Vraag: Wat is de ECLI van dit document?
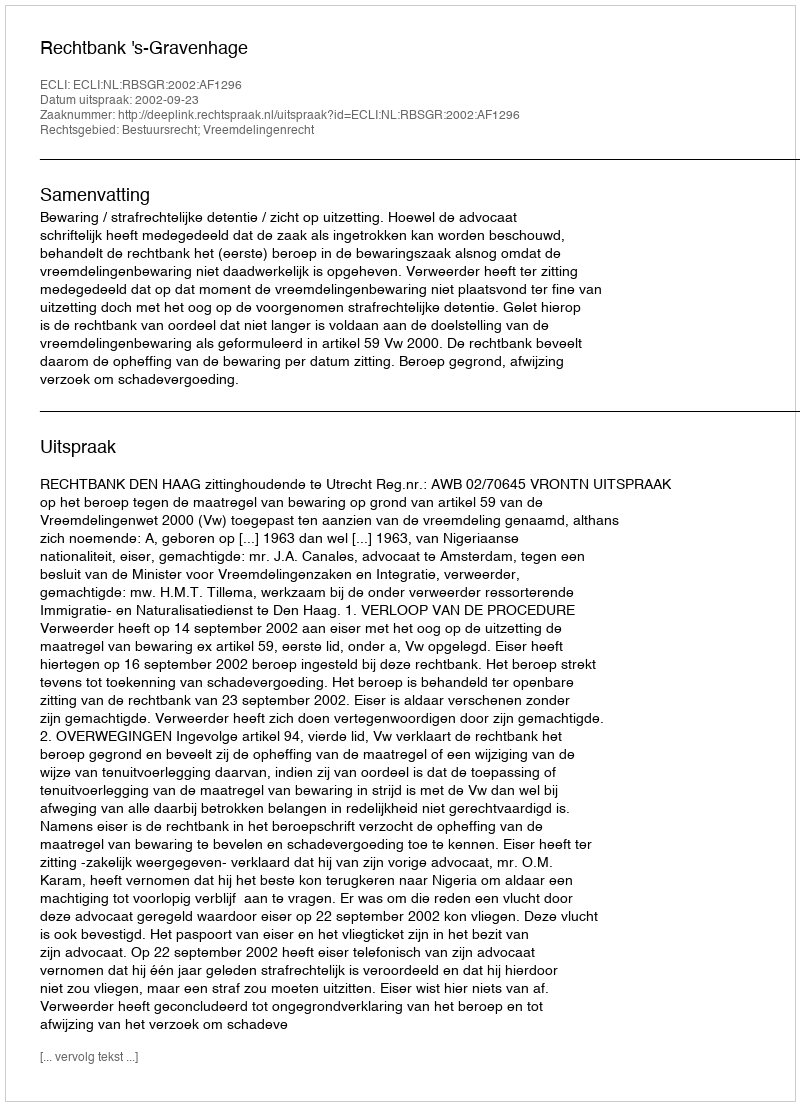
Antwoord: ECLI:NL:RBSGR:2002:AF1296